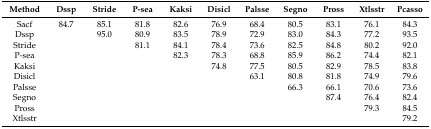
| Method | Dssp | Stride | P-sea | Kaksi | Disicl | Palsse | Segno | Pross | Xtlsstr | Pcasso |
 | --- | --- | --- | --- | --- | --- | --- | --- | --- | --- | --- |
 | Sacf | 84.7 | 85.1 | 81.8 | 82.6 | 76.9 | 68.4 | 80.5 | 83.1 | 76.1 | 84.3 |
 | Dssp |  | 95.0 | 80.9 | 83.5 | 78.9 | 72.9 | 83.0 | 84.3 | 77.2 | 93.5 |
 | Stride |  |  | 81.1 | 84.1 | 78.4 | 73.6 | 82.5 | 84.8 | 80.2 | 92.0 |
 | P-sea |  |  |  | 82.3 | 78.3 | 68.8 | 85.9 | 86.2 | 74.4 | 82.1 |
 | Kaksi |  |  |  |  | 74.8 | 77.5 | 80.5 | 82.9 | 78.5 | 83.8 |
 | Disicl |  |  |  |  |  | 63.1 | 80.8 | 81.8 | 74.9 | 79.6 |
 | Palsse |  |  |  |  |  |  | 66.3 | 66.1 | 70.6 | 73.6 |
 | Segno |  |  |  |  |  |  |  | 87.4 | 76.4 | 82.4 |
 | Pross |  |  |  |  |  |  |  |  | 79.3 | 84.5 |
 | Xtlsstr |  |  |  |  |  |  |  |  |  | 79.2 |